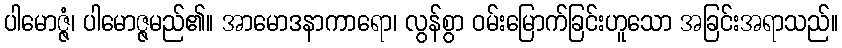
ပါမောဇ္ဇံ၊ ပါမောဇ္ဇမည်၏။ အာမောဒနာကာရော၊ လွန်စွာ ဝမ်းမြောက်ခြင်းဟူသော အခြင်းအရာသည်။